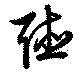
聴